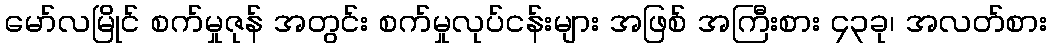
မော်လမြိုင် စက်မှုဇုန် အတွင်း စက်မှုလုပ်ငန်းများ အဖြစ် အကြီးစား ၄၃ခု၊ အလတ်စား